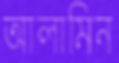
আলামিন